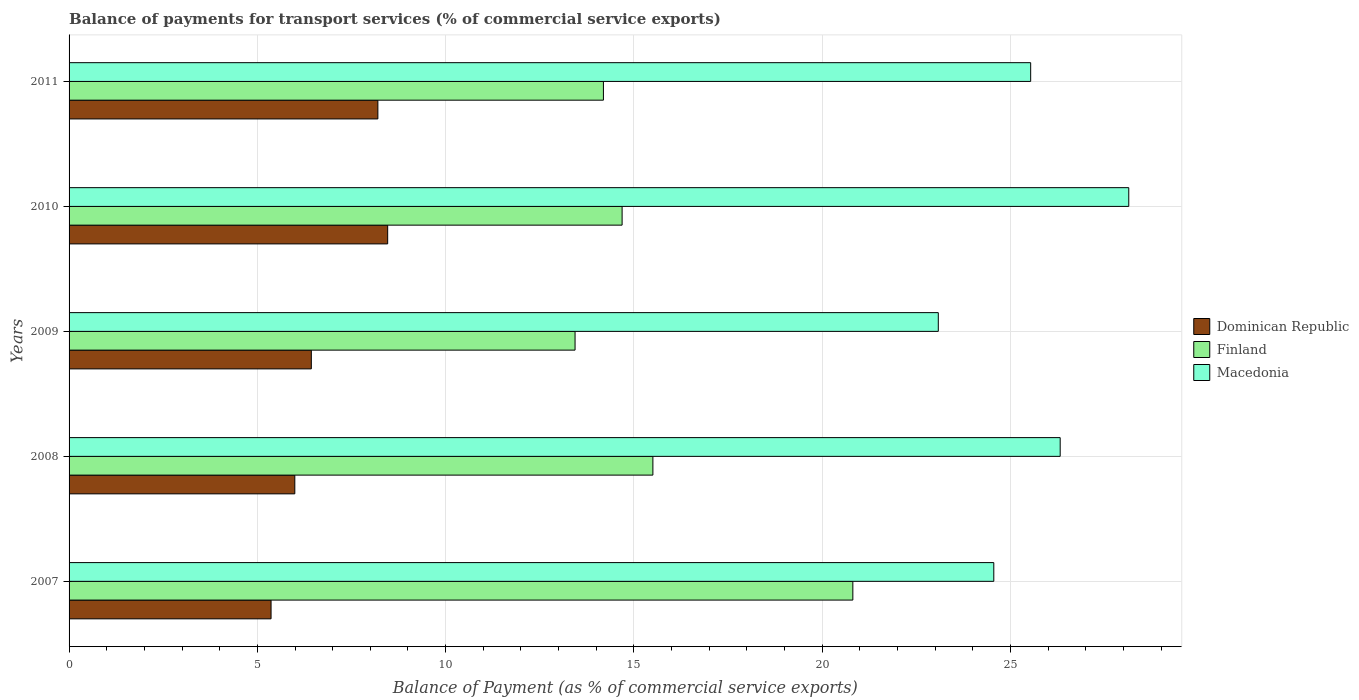
| Years | Dominican Republic | Finland | Macedonia |
 | --- | --- | --- | --- |
 | 2007 | 5.36 | 20.8 | 24.6 |
 | 2008 | 5.99 | 15.5 | 26.3 |
 | 2009 | 6.43 | 13.4 | 23.1 |
 | 2010 | 8.46 | 14.7 | 28.1 |
 | 2011 | 8.2 | 14.2 | 25.5 |